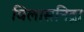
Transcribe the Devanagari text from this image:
विलासनिद्रा